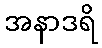
အနာဒရိ